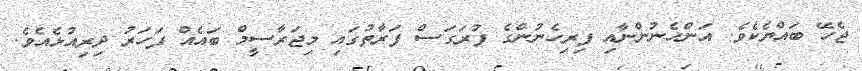
ޖެހޭ ބައްޔެކެވެ. އަންހެނުންނާއި ފިރިހެނުންގެ ފުރަގަސް ފަރާތުގައި މިޖަރާސީމް ބައެއް ފަަހަރު ދިރިއުޅެއެވެ.